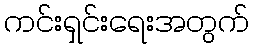
ကင်းရှင်းရေးအတွက်